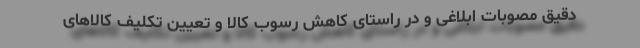
دقیق مصوبات ابلاغی و در راستای کاهش رسوب کالا و تعیین تکلیف کالاهای